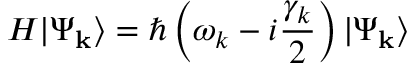
H | \Psi _ { \mathbf { k } } \rangle = \hbar \left( \omega _ { k } - i \frac { \gamma _ { k } } { 2 } \right) | \Psi _ { \mathbf { k } } \rangle